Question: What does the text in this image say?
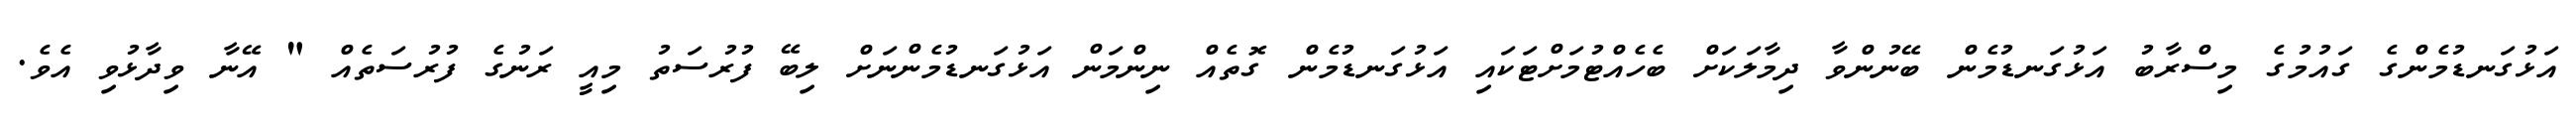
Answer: އަޅުގަނޑުމެންގެ ގައުމުގެ މިސްރާބު އަޅުގަނޑުމެން ބޭނުންވާ ދިމާލަކަށް ބެހެއްޓުމަށްޓަކައި އަޅުގަނޑުމެން ގޮތެއް ނިންމަން އަޅުގަނޑުމެންނަށް ލިބޭ ފުރުސަތު މިއީ ރަނުގެ ފުރުސަތެއް " އޭނާ ވިދާޅުވި އެވެ.